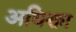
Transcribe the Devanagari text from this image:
अधिक्ता